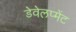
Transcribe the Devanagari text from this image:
डेवेलप्मेंट